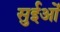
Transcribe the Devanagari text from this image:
सुईओं